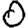
Digit: 0